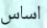
اساس